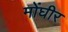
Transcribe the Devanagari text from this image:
मोंघीर